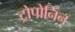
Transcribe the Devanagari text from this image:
ट्रोपोनिंन